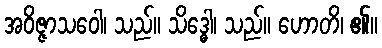
အဝိဇ္ဇာသဝေါ၊ သည်။ သိဒ္ဓေါ၊ သည်။ ဟောတိ၊ ၏။